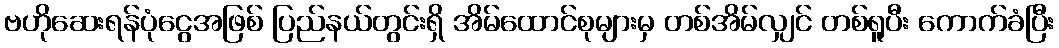
ဗဟိုဆေးရန်ပုံငွေအဖြစ် ပြည်နယ်တွင်းရှိ အိမ်ထောင်စုများမှ တစ်အိမ်လျှင် တစ်ရူပီး ကောက်ခံပြီး